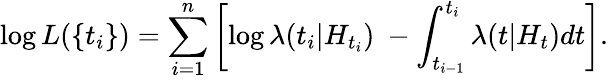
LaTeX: \log L(\{ t_{i}\} )=\sum_{i=1}^{n}\left[\log\lambda(t_{i}|H_{t_{i}})\ -\int_{t_{i-1}}^{t_{i}}\lambda(t|H_{t})dt\right].